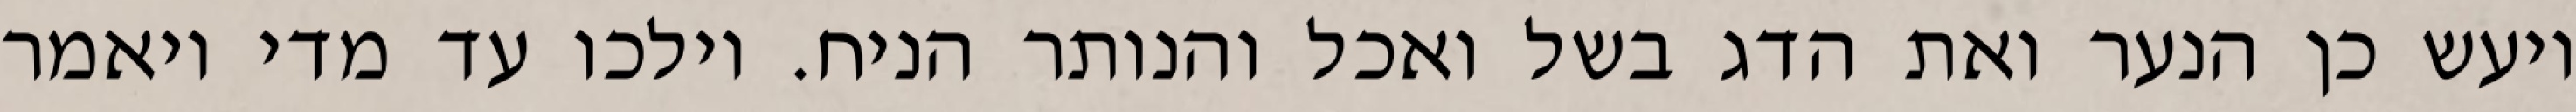
ויעש כן הנער ואת הדג בשל ואכל והנותר הניח. וילכו עד מדי ויאמר